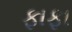
ફાફા